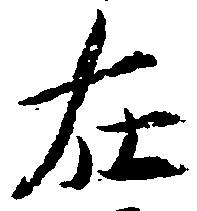
在